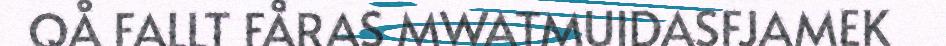
QÅ FALLT FÅRAS MWATMUIDASFJAMEK